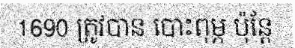
1690 ត្រូវបាន បោះពុម្ភ ប៉ុន្តែ